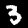
Digit: 3